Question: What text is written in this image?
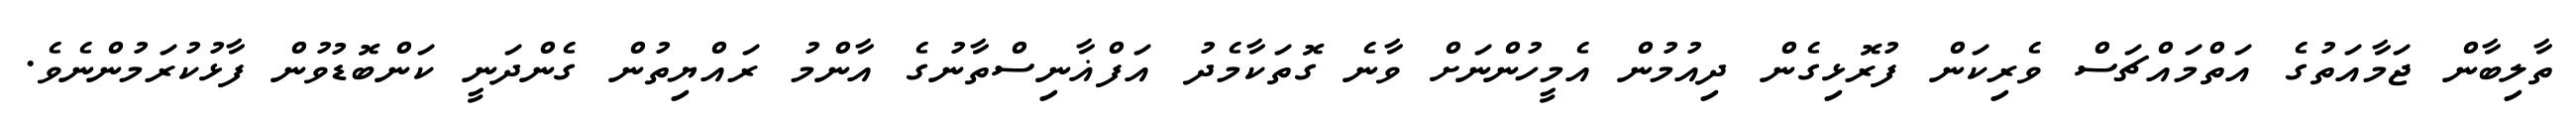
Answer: ތާލިބާން ޖަމާއަތުގެ އަތްމައްޗަސް ވެރިކަން ފުރޮޅިގެން ދިއުމުން އެމީހުންނަށް ވާނެ ގޮތަކާމެދު އަފްޣާނިސްތާނުގެ އާންމު ރައްޔިތުން ގެންދަނީ ކަންބޮޑުވުން ފާޅުކުރަމުންނެވެ.